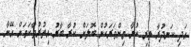
އަދި ކަނދުރާ ތިރި ކުރާ މިންވަރަކުން ބޮލަށް ކުރާ ބާރު އިތުރުވާކަމަށް އޭނާ